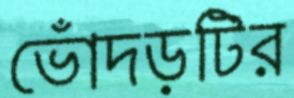
ভোঁদড়টির